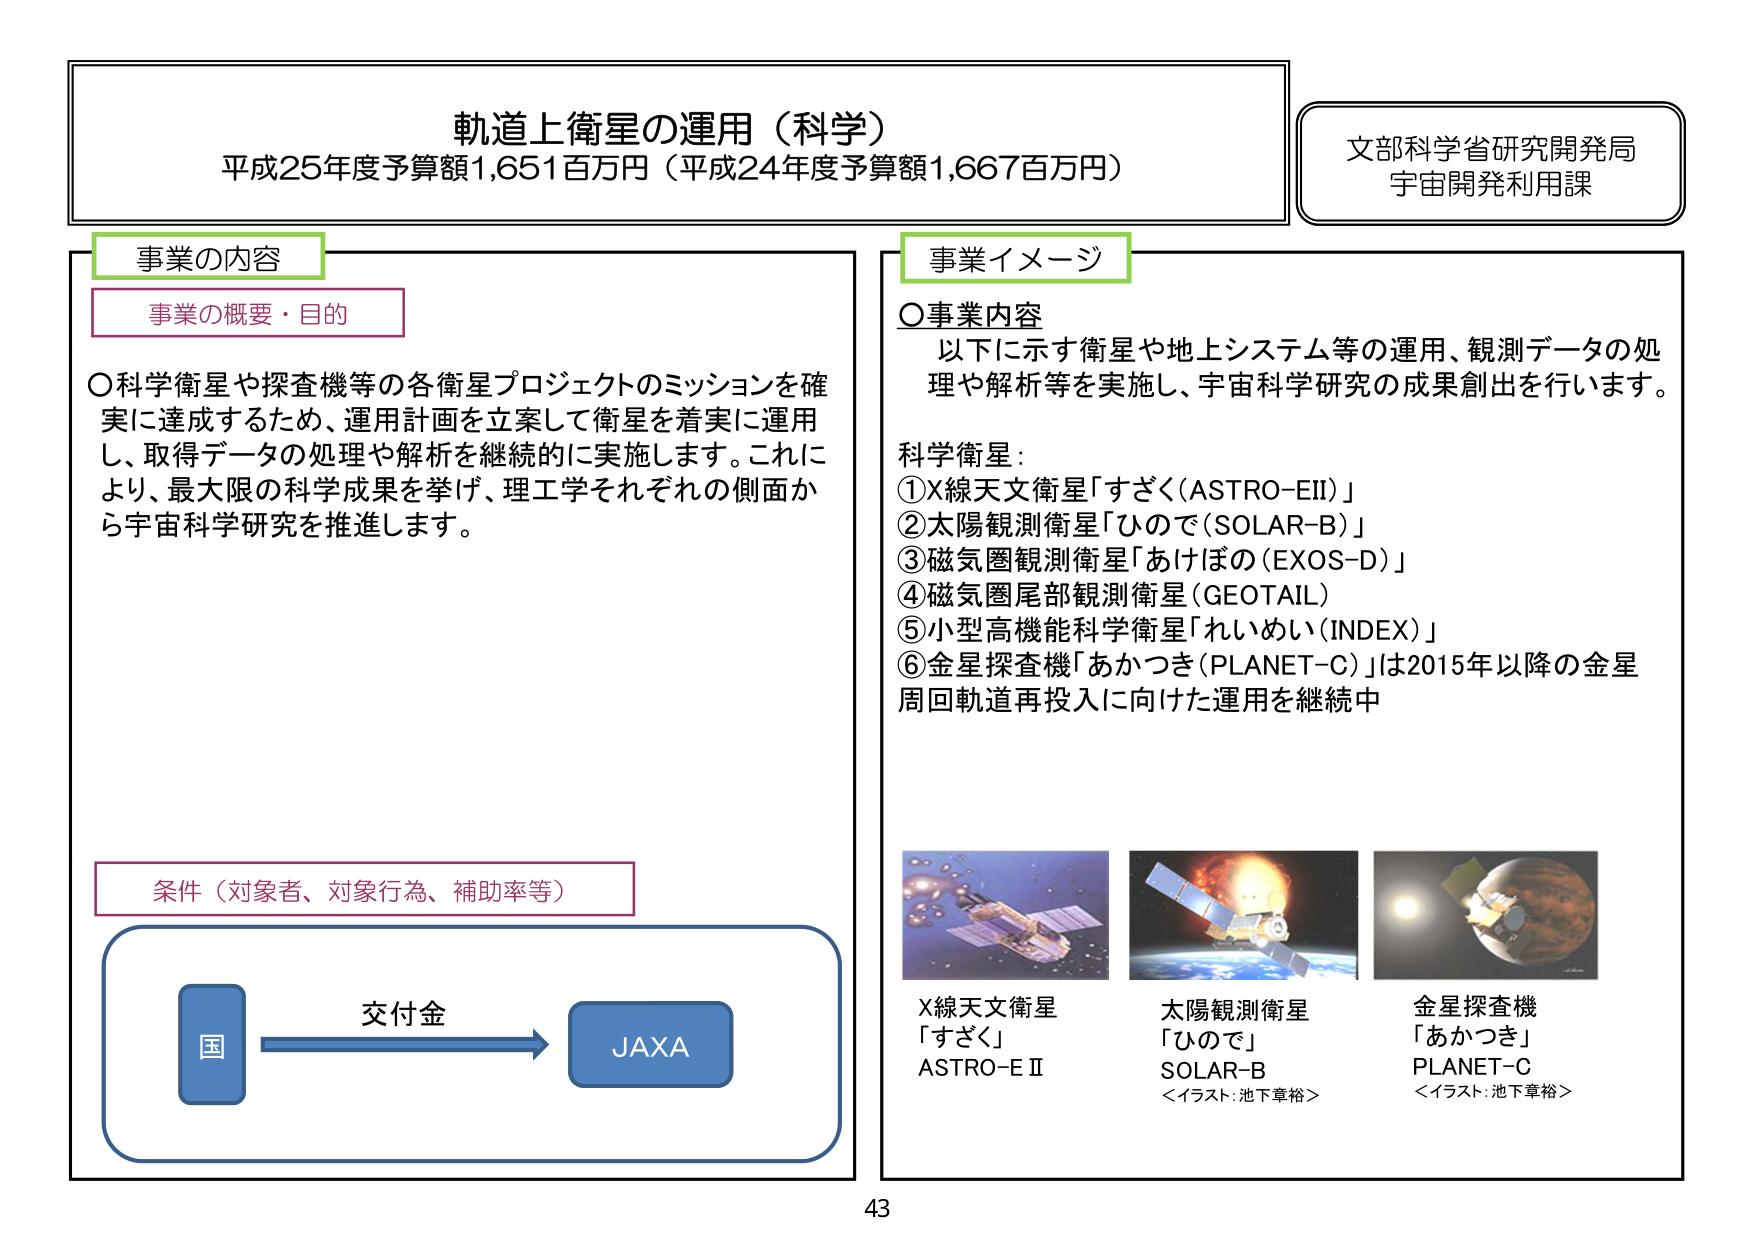
軌道上衛星の運用（科学）
平成25年度予算額1,651百万円（平成24年度予算額1,667百万円）

文部科学省研究開発局
宇宙開発利用課

事業の内容
事業の概要・目的
〇科学衛星や探査機等の各衛星プロジェクトのミッションを確実に達成するため、運用計画を立案して衛星を着実に運用し、取得データの処理や解析を継続的に実施します。これにより、最大限の科学成果を挙げ、理工学それぞれの側面から宇宙科学研究を推進します。

条件（対象者、対象行為、補助率等）
国 → 交付金 → JAXA

事業イメージ
〇事業内容
以下に示す衛星や地上システム等の運用、観測データの処理や解析等を実施し、宇宙科学研究の成果創出を行います。

科学衛星：
①X線天文衛星「すざく（ASTRO-EII）」
②太陽観測衛星「ひので（SOLAR-B）」
③磁気圏観測衛星「あけぼの（EXOS-D）」
④磁気圏尾部観測衛星（GEOTAIL）
⑤小型高機能科学衛星「れいめい（INDEX）」
⑥金星探査機「あかつき（PLANET-C）」は2015年以降の金星周回軌道再投入に向けた運用を継続中

X線天文衛星
「すざく」
ASTRO-E II

太陽観測衛星
「ひので」
SOLAR-B
＜イラスト：池下章裕＞

金星探査機
「あかつき」
PLANET-C
＜イラスト：池下章裕＞

43